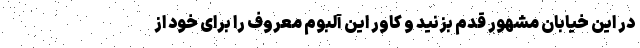
در این خیابان مشهور قدم بزنید و کاور این آلبوم معروف را برای خود از